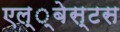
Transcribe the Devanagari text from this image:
एल्‍्बेस्टस